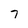
Character: 7